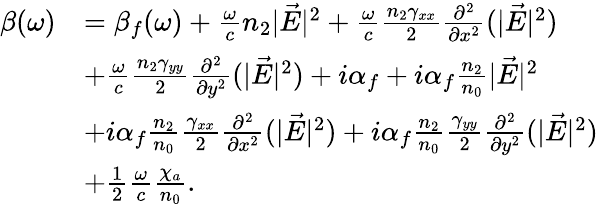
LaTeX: \begin{array}{rl}{\beta(\omega)}&{=\beta_{f}(\omega)+\frac{\omega}{c}n_{2}|\vec{E}|^{2}+\frac{\omega}{c}\frac{n_{2}\gamma_{xx}}{2}\frac{\partial^{2}}{\partial x^{2}}(|\vec{E}|^{2})}\\ &{+\frac{\omega}{c}\frac{n_{2}\gamma_{yy}}{2}\frac{\partial^{2}}{\partial y^{2}}(|\vec{E}|^{2})+i\alpha_{f}+i\alpha_{f}\frac{n_{2}}{n_{0}}|\vec{E}|^{2}}\\ &{+i\alpha_{f}\frac{n_{2}}{n_{0}}\frac{\gamma_{xx}}{2}\frac{\partial^{2}}{\partial x^{2}}(|\vec{E}|^{2})+i\alpha_{f}\frac{n_{2}}{n_{0}}\frac{\gamma_{yy}}{2}\frac{\partial^{2}}{\partial y^{2}}(|\vec{E}|^{2})}\\ &{+\frac{1}{2}\frac{\omega}{c}\frac{\chi_{a}}{n_{0}}.}\end{array}